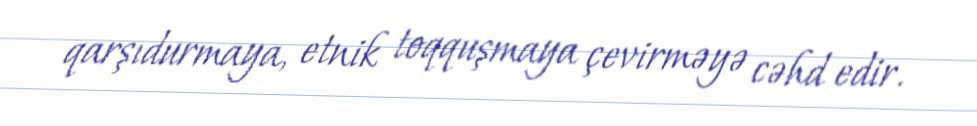
qarşıdurmaya, etnik toqquşmaya çevirməyə cəhd edir.